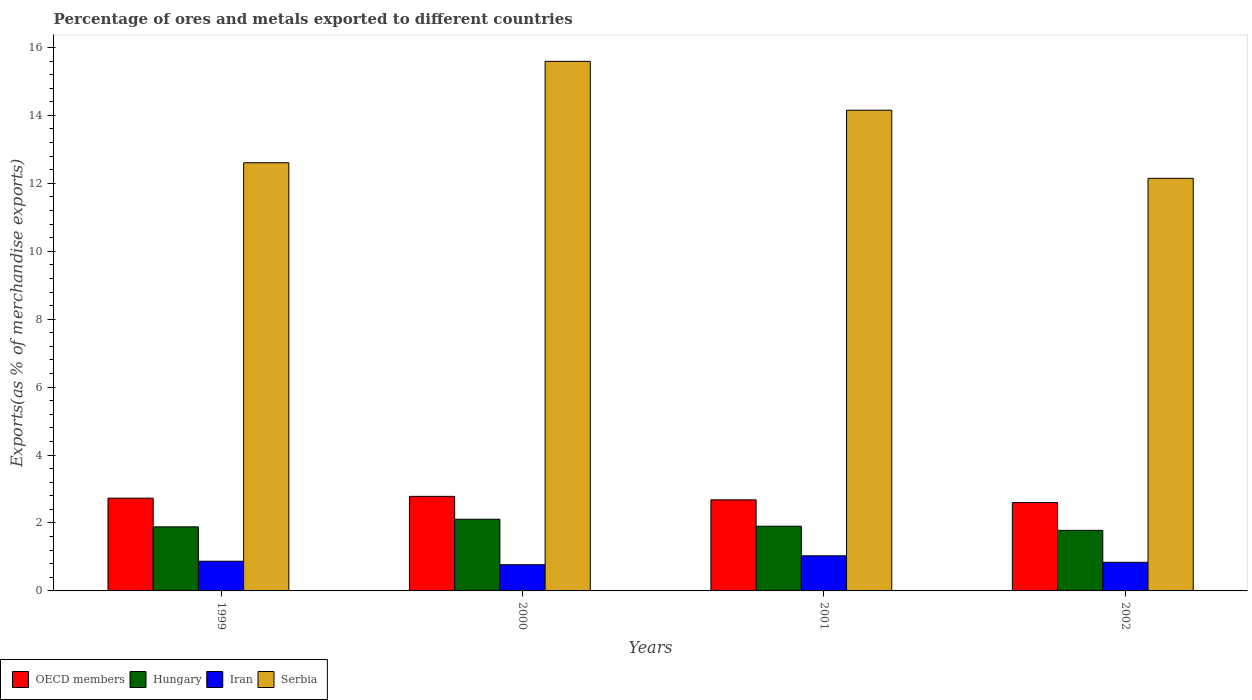
| Years | OECD members | Hungary | Iran | Serbia |
 | --- | --- | --- | --- | --- |
 | 1999 | 2.73 | 1.89 | 0.874 | 12.6 |
 | 2000 | 2.78 | 2.11 | 0.771 | 15.6 |
 | 2001 | 2.68 | 1.91 | 1.03 | 14.2 |
 | 2002 | 2.6 | 1.78 | 0.842 | 12.1 |